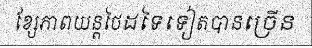
ខ្សែភាពយន្តថៃដទៃទៀតបានច្រើន